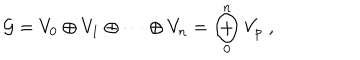
LaTeX: { \mathcal G } = V _ { 0 } \oplus V _ { 1 } \oplus \cdots \oplus V _ { n } = \bigoplus _ { 0 } ^ { n } V _ { p } \; ,